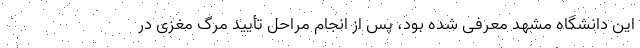
این دانشگاه مشهد معرفی شده بود، پس از انجام مراحل تأیید مرگ مغزی در